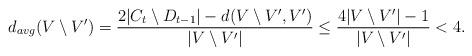
LaTeX: \begin{align*}d_{avg}(V\setminus V')=\frac{2|C_t\setminus D_{t-1}|-d(V\setminus V',V')}{|V\setminus V'|}\leq\frac{4|V\setminus V'|-1}{|V\setminus V'|}<4.\end{align*}